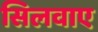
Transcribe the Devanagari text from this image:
सिलवाए